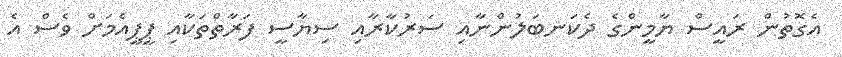
އެގޮތުން ރައީސް ޔާމީންގެ ދެކަނބަލުންނާއި ސަރުކާރާއި ސިޔާސީ ފަރާތްތަކާއި ޕީޕީއެމަށް ވެސް އެ